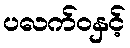
ပလက်ဝနှင့်